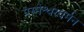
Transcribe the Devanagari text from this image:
परमेश्वरवर्मन